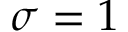
\sigma = 1